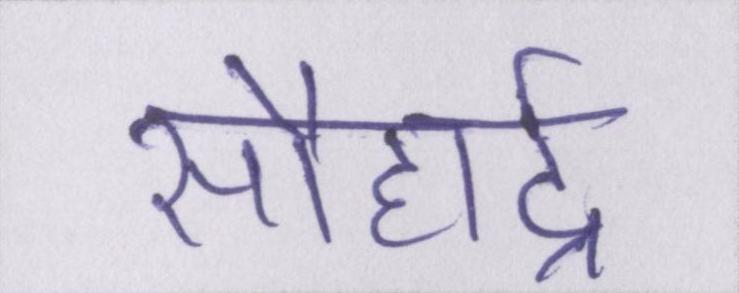
सौहार्द्र